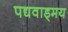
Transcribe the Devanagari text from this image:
पद्यवाड्मय